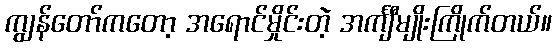
ကျွန်တော်ကတော့ အရောင်မှိုင်းတဲ့ အင်္ကျီမျိုးကြိုက်တယ်။